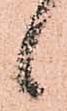
候